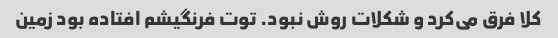
کلا فرق می‌کرد و شکلات روش نبود. توت فرنگیشم افتاده بود زمین